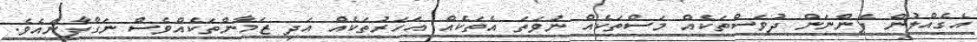
އެގެއްލުން ފެންނަން ދުވަސްތަކެއް މަސްތަކެއް ނުވަތަ އެތަކެއް އަހަރުތަކެއް އަދި ޒަމާންތަކެއްވެސް ނަގާފާނެއެވެ.